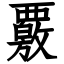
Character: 覈